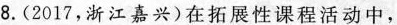
8.(2017，浙江嘉兴)在拓展性课程活动中，